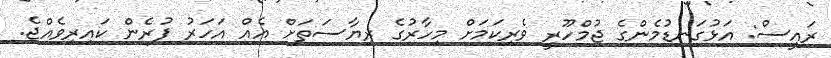
ރައީސް: އަޅުގަނޑުމެންގެ ޖުމްހޫރީ ވެރިކަމަށް މިހާރުގެ ރިޔާސަތަށް އެއް އަހަރު ފުރެން ކައިރިވެއްޖެ.